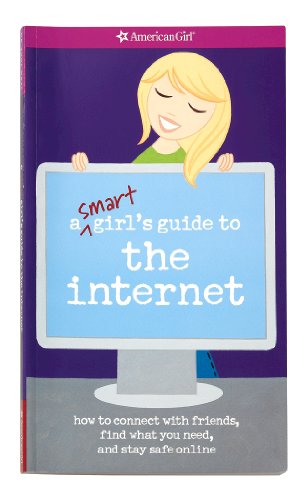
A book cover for A Smart Girl's Guide to the Internet (American Girl (Quality)); Sharon Cindrich; Children's Books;